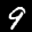
Digit: 9